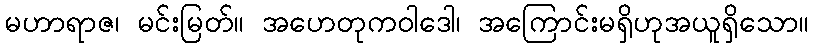
မဟာရာဇ၊ မင်းမြတ်။ အဟေတုကဝါဒေါ၊ အကြောင်းမရှိဟုအယူရှိသော။